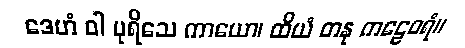
ဒေဟံ ဝါ ပုရိသေ ကာယော၊ ထိယံ တနု ကဠေဝရံ။